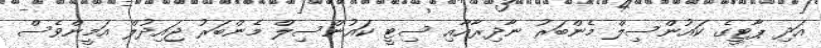
އަދި ޕާޓީގެ ކަައުންސިލް މެންބަރު ނާދިރާއާއި ސިޓީ ކައުންސިލް މެންބަރު ޖައިދުލް އަމީންވެސް